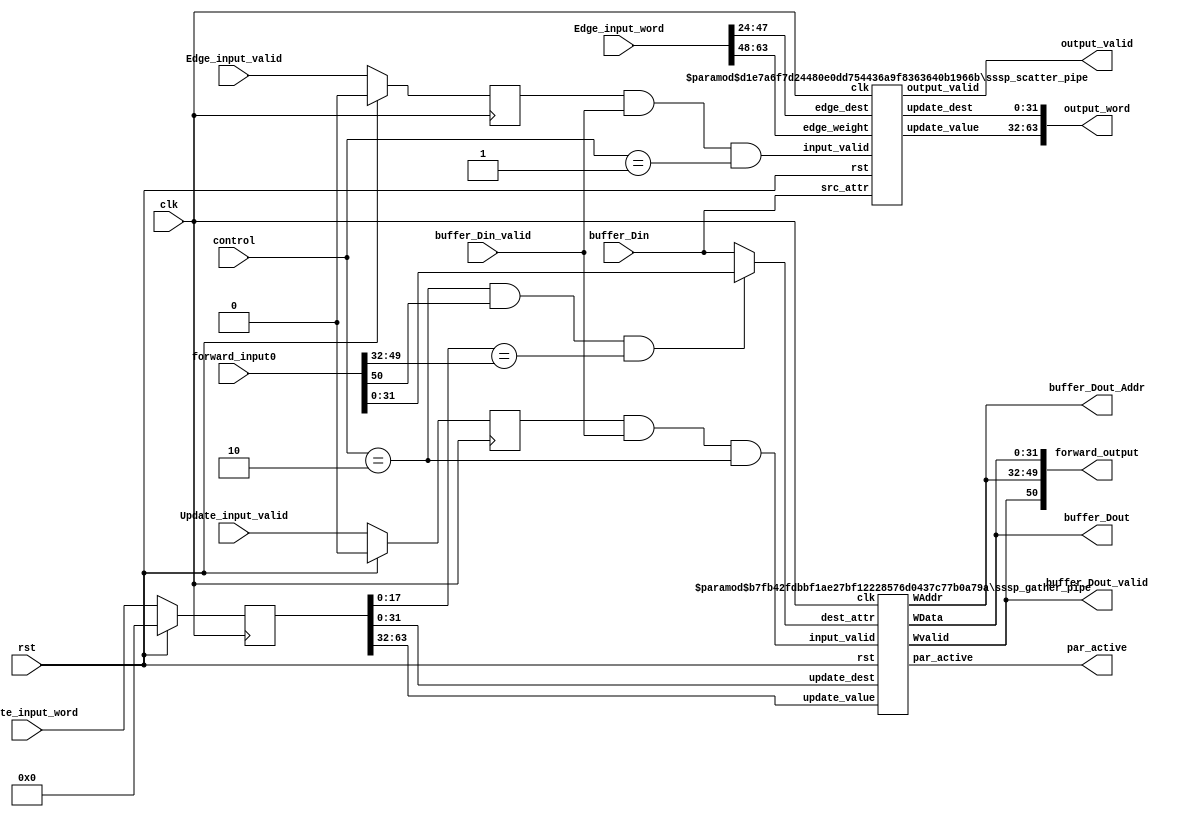
`timescale 1ns / 1ps
//////////////////////////////////////////////////////////////////////////////////
// Company: 
// Engineer: 
// 
// Design Name: 
// Module Name: SSSP_PP
// Project Name: 
// Target Devices: 
// Tool Versions: 
// Description: 
// 
// Dependencies: 
// 
// Revision:
// Revision 0.01 - File Created
// Additional Comments:
// 
//////////////////////////////////////////////////////////////////////////////////

module SSSP_PP # (
	 parameter PIPE_DEPTH = 5,
	 parameter URAM_DATA_W = 32,
	 parameter PAR_SIZE_W = 18,
	 parameter EDGE_W = 64
)(
		input wire clk,
	 input wire                      rst,
	 input wire [1:0]                control,
	 
	 input wire [URAM_DATA_W-1:0]    buffer_Din,
	 input wire                      buffer_Din_valid,
	 
	 input wire [EDGE_W-1:0]         Edge_input_word,
	 input wire [0:0]                Edge_input_valid,
	 
	 input wire [64-1:0]             Update_input_word,
	 input wire [0:0]                Update_input_valid,
	 
	 output wire [URAM_DATA_W-1:0]   buffer_Dout,
	 output wire [PAR_SIZE_W-1:0]    buffer_Dout_Addr,
	 output wire                     buffer_Dout_valid,
	 
	 output wire [63:0]              output_word,
	 output wire [0:0]               output_valid,
	 
	 output wire [0:0]               par_active,
	 input wire [PAR_SIZE_W+URAM_DATA_W:0]	forward_input0,
	 output wire [PAR_SIZE_W+URAM_DATA_W:0]	forward_output
);
	 reg [EDGE_W-1:0] Edge_input_word_reg;
	 reg [0:0]  Edge_input_valid_reg;
	 
	 reg [64-1:0] Update_input_word_reg;
	 reg [0:0]  Update_input_valid_reg;
	 
	 wire [31:0] dest_attr;
	 always @(posedge clk) begin 
	 if (rst) begin 
         Edge_input_word_reg <= 0; 
         Edge_input_valid_reg <= 0;
         Update_input_word_reg <= 0 ; 
         Update_input_valid_reg <= 0;
	 end  
	 else begin 
         Edge_input_word_reg <= Edge_input_word; 
         Edge_input_valid_reg <= Edge_input_valid; 
         Update_input_word_reg <= Update_input_word;
         Update_input_valid_reg <= Update_input_valid;
	 end 
	 end
	 assign dest_attr =((control==2) && (forward_input0[PAR_SIZE_W+URAM_DATA_W:PAR_SIZE_W+URAM_DATA_W]) && (Update_input_word_reg[PAR_SIZE_W-1:0]==forward_input0[PAR_SIZE_W+URAM_DATA_W-1:URAM_DATA_W])) ? forward_input0[URAM_DATA_W-1:0] : buffer_Din;
	 assign forward_output = {buffer_Dout_valid, buffer_Dout_Addr, buffer_Dout};
	 
	 
	 sssp_scatter_pipe # 
	 (.PIPE_DEPTH (PIPE_DEPTH), .URAM_DATA_W(URAM_DATA_W)) 
	 scatter_unit (.clk(clk), 
	 .rst(rst), 
	 .edge_weight(Edge_input_word[63:48]), 
	 .src_attr(buffer_Din), 
	 .edge_dest(Edge_input_word[47:24]), 
	 .input_valid(Edge_input_valid_reg && buffer_Din_valid && control==1), 
	 .update_value(output_word[63:32]),
	 .update_dest(output_word[31:0]),
	 .output_valid(output_valid));
	 
	 
	 sssp_gather_pipe # (.PIPE_DEPTH (PIPE_DEPTH), 
	   .PAR_SIZE_W(PAR_SIZE_W), 
	   .URAM_DATA_W(URAM_DATA_W)) 
	   gather_unit (.clk(clk),
	   .rst(rst),
	   .update_value(Update_input_word_reg[63:32]),
	   .update_dest(Update_input_word_reg[31:0]),
	   .dest_attr(dest_attr),
	   .input_valid(Update_input_valid_reg && buffer_Din_valid && control==2),
	   .WData(buffer_Dout),
	   .WAddr(buffer_Dout_Addr),
	   .Wvalid(buffer_Dout_valid),
	   .par_active(par_active));
 
endmodule

module sssp_gather_pipe # (
    parameter PIPE_DEPTH = 1,
    parameter PAR_SIZE_W = 18,
    parameter URAM_DATA_W = 32
)(
    input wire                      clk,
    input wire                      rst,        
    input wire [31:0]               update_value,
    input wire [31:0]               update_dest,
    input wire [URAM_DATA_W-1:0]    dest_attr,
    input wire [0:0]                input_valid,    
    output reg [URAM_DATA_W-1:0]   WData,
    output reg [PAR_SIZE_W-1:0]    WAddr,    
    output reg [0:0]               Wvalid,
    output reg [0:0]               par_active  
);
    always @(posedge clk) begin
        if (rst) begin
            WData <= 0;
            WAddr <= 0;
            Wvalid <= 0;
            par_active <= 0;  
        end  else begin
            WAddr <= update_dest[PAR_SIZE_W-1:0];
            WData[30:0] <= (update_value < dest_attr) ? update_value[30:0] : dest_attr[30:0];            
            WData[31:31] <= input_valid && (update_value < dest_attr[30:0]);
			Wvalid <= input_valid && (update_value < dest_attr[30:0]);
            par_active <= input_valid && (update_value < dest_attr[30:0]);
        end
     end     
	
endmodule


module sssp_scatter_pipe # (
    parameter PIPE_DEPTH = 3,
    parameter URAM_DATA_W = 32
)(
    input wire                      clk,
    input wire                      rst,    
    input wire [15:0]               edge_weight,
    input wire [URAM_DATA_W-1:0]    src_attr,
    input wire [23:0]               edge_dest,
    input wire [0:0]                input_valid,    
    output reg [31:0]              update_value,
    output reg [31:0]              update_dest,    
    output reg [0:0]               output_valid  
);
    always @(posedge clk) begin
        if (rst) begin
            output_valid <= 0;
            update_value <= 0;
            update_dest <= 0;
        end else begin
            output_valid <= input_valid && src_attr[URAM_DATA_W-1:URAM_DATA_W-1];
            update_value <= edge_weight + src_attr[URAM_DATA_W-2:0];
            update_dest <= edge_dest;
        end
    end    
endmodule